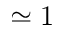
\simeq 1